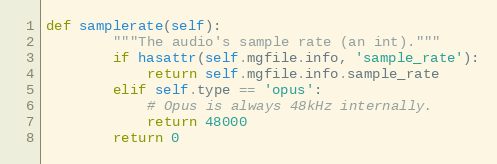
Language: Python
def samplerate(self):
        """The audio's sample rate (an int)."""
        if hasattr(self.mgfile.info, 'sample_rate'):
            return self.mgfile.info.sample_rate
        elif self.type == 'opus':
            # Opus is always 48kHz internally.
            return 48000
        return 0